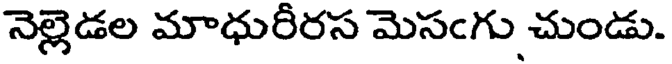
నెల్లెడల మాధురీరస మెసఁగు చుండు.